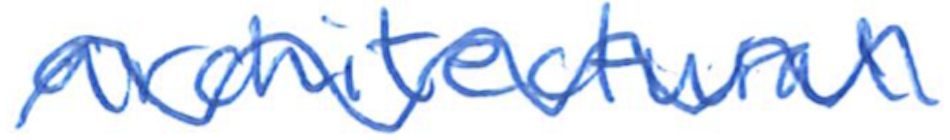
Text: architectural
Cross-out: wave
Writing tool: ballpoint